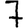
Digit: 7